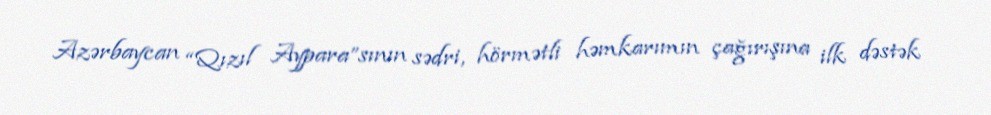
Azərbaycan “Qızıl Aypara”sının sədri, hörmətli həmkarımın çağırışına ilk dəstək